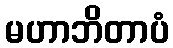
မဟာဘိတာပံ